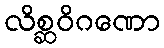
လိစ္ဆဝိဂဏော